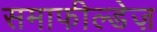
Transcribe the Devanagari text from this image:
समाफील्डेज़